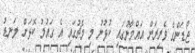
ޖޯޑަންގެ ވެރިރަށް އައްމާނުގައި ކުޅުނު މި މެޗުގައި އެ ގައުމު ކޮޅަށް ލަނޑު